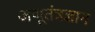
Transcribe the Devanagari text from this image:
अणूतंत्रज्ञान